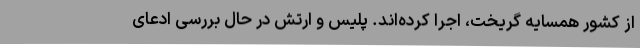
از کشور همسایه گریخت، اجرا کرده‌اند. پلیس و ارتش در حال بررسی ادعای